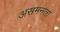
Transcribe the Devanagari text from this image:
असमनता